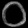
Digit: ၀